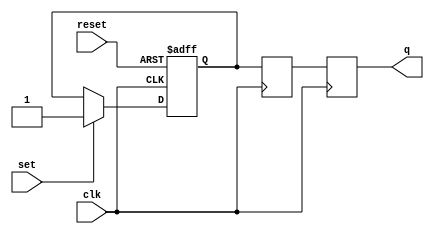
module sr_ff (
    input wire clk, // clock input
    input wire reset, // asynchronous reset input
    input wire set, // set input
    input wire reset, // reset input
    output reg q // output
);

reg q_master, q_slave; // internal flip-flop outputs

// Master flip-flop
always @(posedge clk or posedge reset)
begin
    if (reset)
        q_master <= 0;
    else if (set)
        q_master <= 1;
end

// Slave flip-flop
always @(posedge clk)
begin
    q_slave <= q_master;
end

// Output buffering to prevent glitches
always @(posedge clk)
begin
    q <= q_slave;
end

endmodule